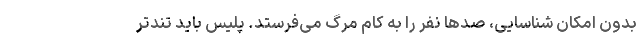
بدون امکان شناسایی، صدها نفر را به کام مرگ می‌فرستد. پلیس باید تندتر